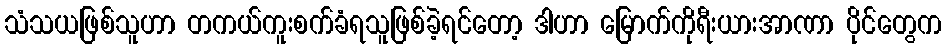
သံသယဖြစ်သူဟာ တကယ်ကူးစက်ခံရသူဖြစ်ခဲ့ရင်တော့ ဒါဟာ မြောက်ကိုရီးယားအာဏာ ပိုင်တွေက